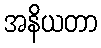
အနိယတာ